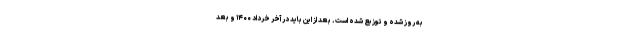
به روز شده و توزیع شده است. بعد از این باید در آخر خرداد ۱۴۰۰ و بعد